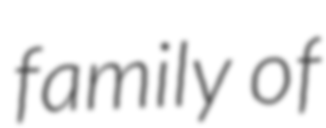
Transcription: family of